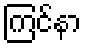
ကြင်နာ